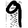
Digit: 9